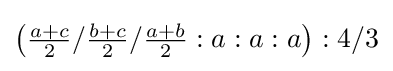
\left({\tfrac {a+c}{2}}/{\tfrac {b+c}{2}}/{\tfrac {a+b}{2}}:a:a:a\right):4/3